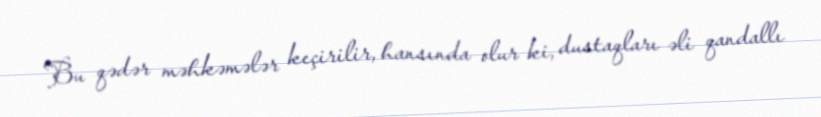
Bu qədər məhkəmələr keçirilir, hansında olur ki, dustaqları əli qandallı